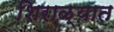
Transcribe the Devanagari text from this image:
शिराळ्यात